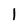
Character: l